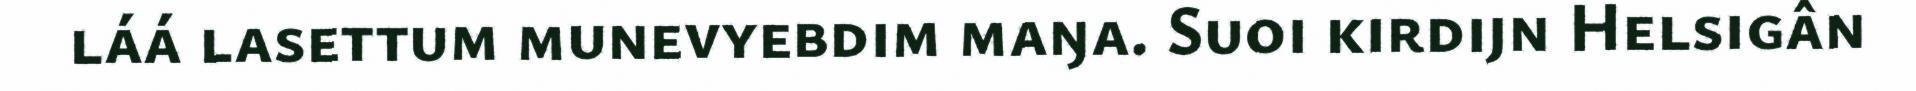
láá lasettum munevyebdim maŋa. Suoi kirdijn Helsigân